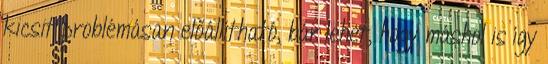
kicsit problémásan előállítható, bár lehet, hogy máshol is így